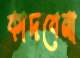
কাদবেনা